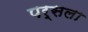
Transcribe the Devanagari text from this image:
पर्सला